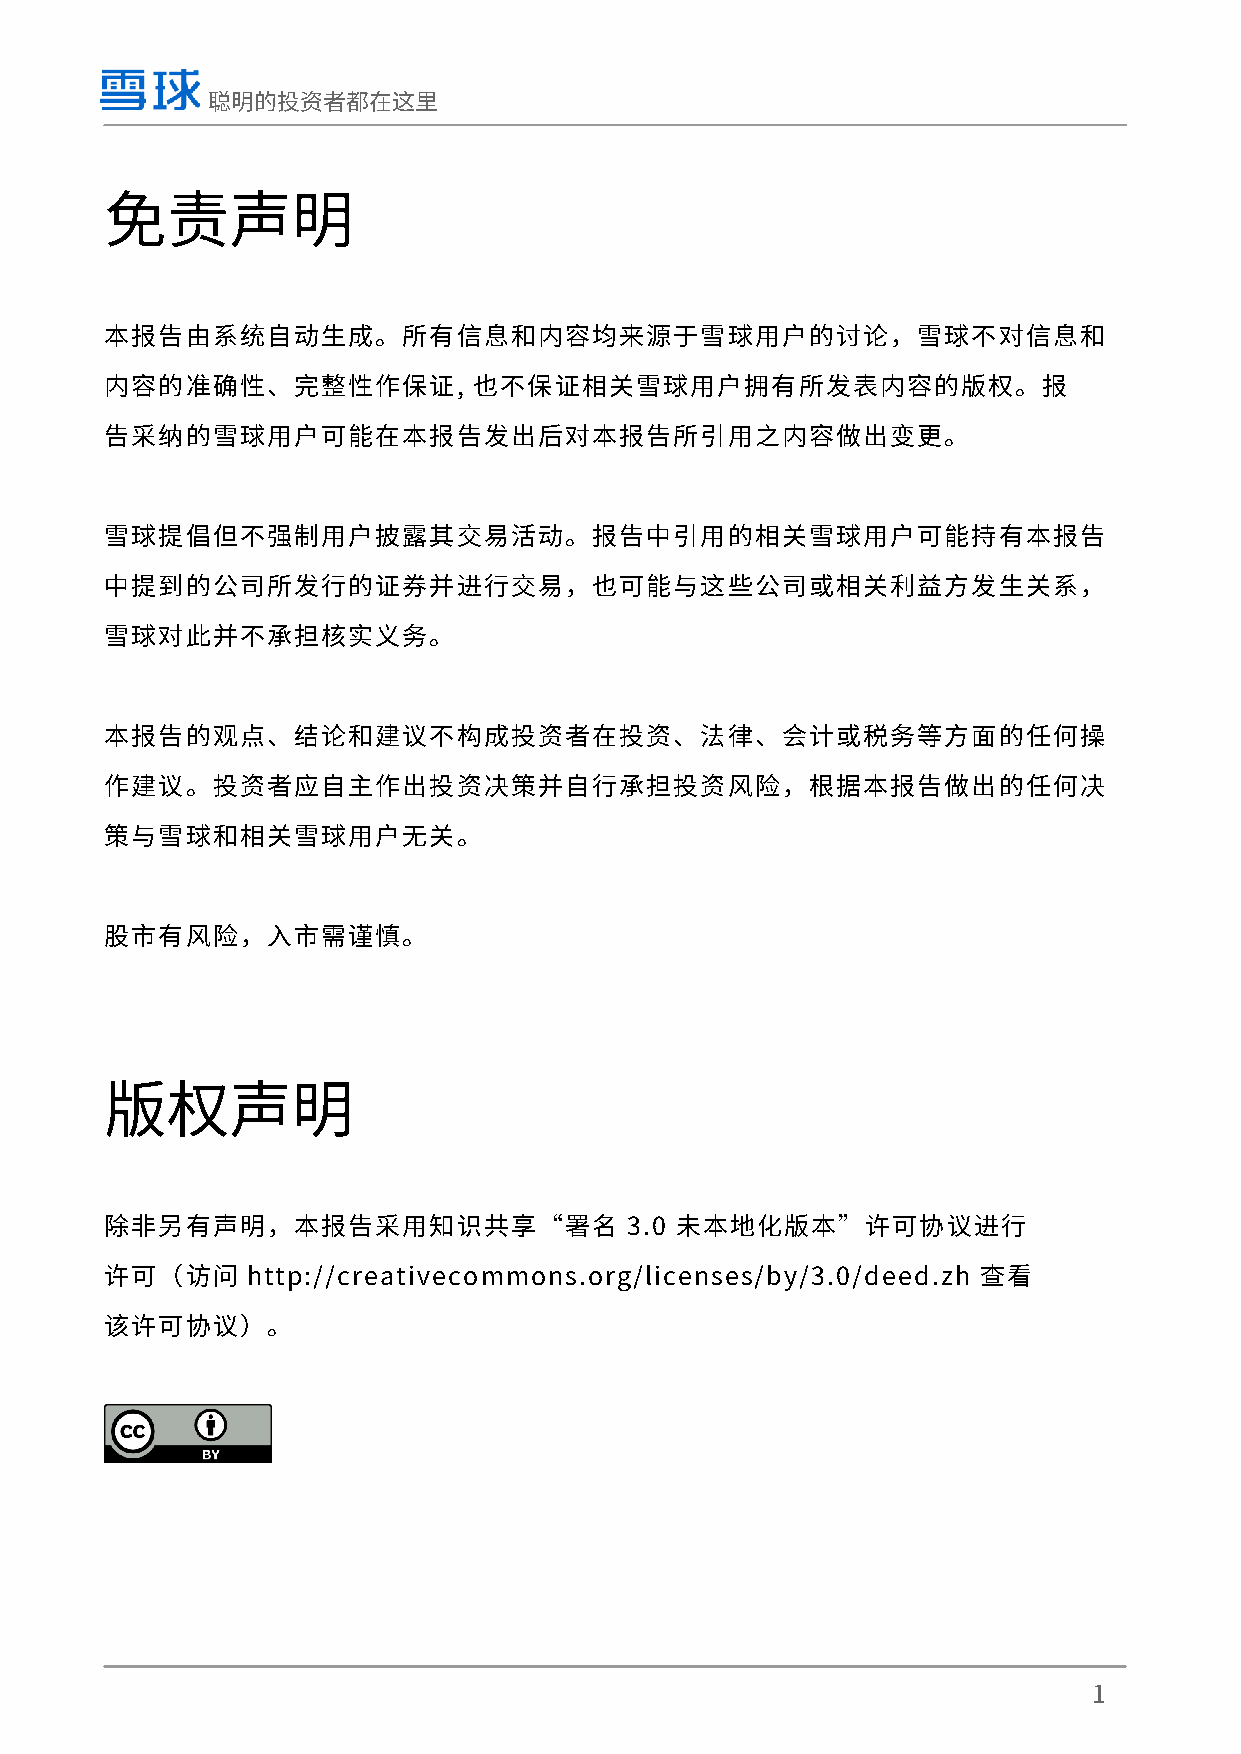
聪明的投资者都在这里
 免责声明
 本报告由系统自动生成。所有信息和内容均来源于雪球用户的讨论，雪球不对信息和
 内容的准确性、完整性作保证,          也不保证相关雪球用户拥有所发表内容的版权。报
 告采纳的雪球用户可能在本报告发出后对本报告所引用之内容做出变更。
 雪球提倡但不强制用户披露其交易活动。报告中引用的相关雪球用户可能持有本报告
 中提到的公司所发行的证券并进行交易，也可能与这些公司或相关利益方发生关系，
 雪球对此并不承担核实义务。
 本报告的观点、结论和建议不构成投资者在投资、法律、会计或税务等方面的任何操
 作建议。投资者应自主作出投资决策并自行承担投资风险，根据本报告做出的任何决
 策与雪球和相关雪球用户无关。
 股市有风险，入市需谨慎。
 版权声明
 除非另有声明，本报告采用知识共享“署名               3.0 未本地化版本”许可协议进行
 许可（访问    http://creativecommons.org/licenses/by/3.0/deed.zh 查看
 该许可协议）。
 1